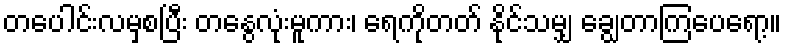
တပေါင်းလမှစပြီး တနွေလုံးမူကား၊ ရေကိုတတ် နိုင်သမျှ ချွေတာကြပေရော့။